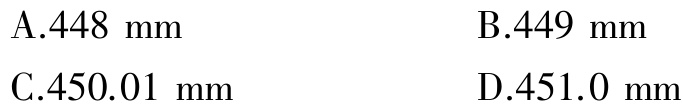
A.448 mm

B.449 mm

C.450.01 mm

D.451.0 mm